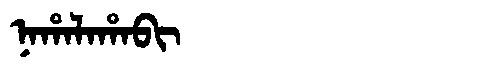
Manchu: ᠨᠠᡥᠠᠯᠠᡥᠠᠪᡳ
Romanization: NAHALAHABI